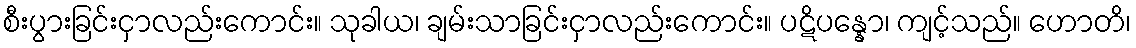
စီးပွားခြင်းငှာလည်းကောင်း။ သုခါယ၊ ချမ်းသာခြင်းငှာလည်းကောင်း။ ပဋိပန္နော၊ ကျင့်သည်။ ဟောတိ၊